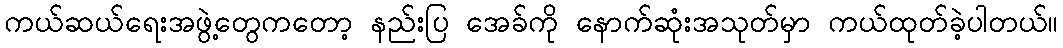
ကယ်ဆယ်ရေးအဖွဲ့တွေကတော့ နည်းပြ အေခ်ကို နောက်ဆုံးအသုတ်မှာ ကယ်ထုတ်ခဲ့ပါတယ်။